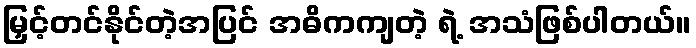
မြှင့်တင်နိုင်တဲ့အပြင် အဓိကကျတဲ့ ရဲ့ အသံဖြစ်ပါတယ်။